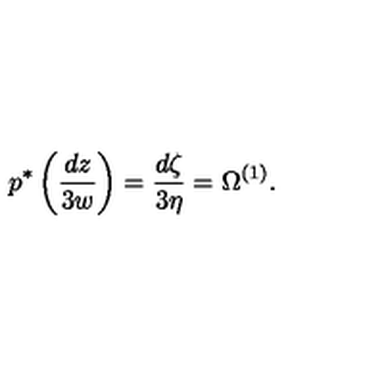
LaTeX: p ^ { * } \left( \frac { d z } { 3 w } \right) = \frac { d \zeta } { 3 \eta } = \Omega ^ { ( 1 ) } .